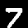
Label: 7